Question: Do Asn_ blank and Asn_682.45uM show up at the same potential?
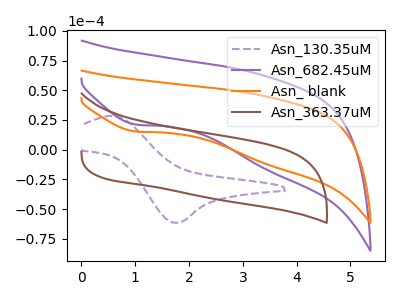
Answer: <think>The purple dashed curve "Asn_130.35uM" has an anodic peak at (0.55V, 28.45uA) and a cathodic peak at (1.75V, -61.60uA). The purple curve "Asn_682.45uM" has a cathodic peak at: (1.00V, 21.10uA). The orange curve "Asn_ blank" has a cathodic peak at: (1.00V, 15.30uA). The brown curve "Asn_363.37uM" has no peaks.
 All the peaks in "Asn_ blank" have a peak in "Asn_682.45uM" at the same potential. Every peak in "Asn_ blank" is higher than every peak in "Asn_682.45uM".</think>
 <answer>"Asn_ blank" and "Asn_682.45uM" are similar in shape.</answer>
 <eval>same_shape</eval>